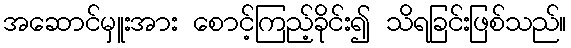
အဆောင်မှူးအား စောင့်ကြည့်ခိုင်း၍ သိရခြင်းဖြစ်သည်။